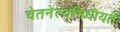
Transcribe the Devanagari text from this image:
चेतनेत्यभिधीयते